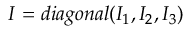
I = d i a g o n a l ( I _ { 1 } , I _ { 2 } , I _ { 3 } )